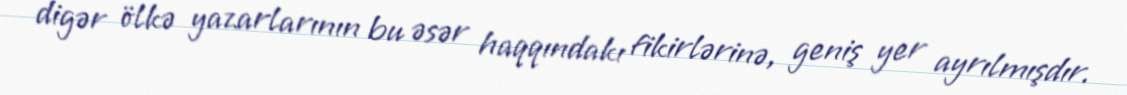
digər ölkə yazarlarının bu əsər haqqındakı fikirlərinə, geniş yer ayrılmışdır.